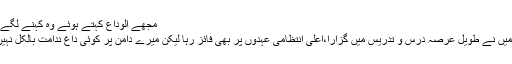
مجھے الوداع کہتے ہوئے وہ کہنے لگے :
’’میں نے طویل عرصہ درس و تدریس میں گزارا،اعلیٰ انتظامی عہدوں پر بھی فائز رہا لیکن میرے دامن پر کوئی داغ ندامت بالکل نہیں۔